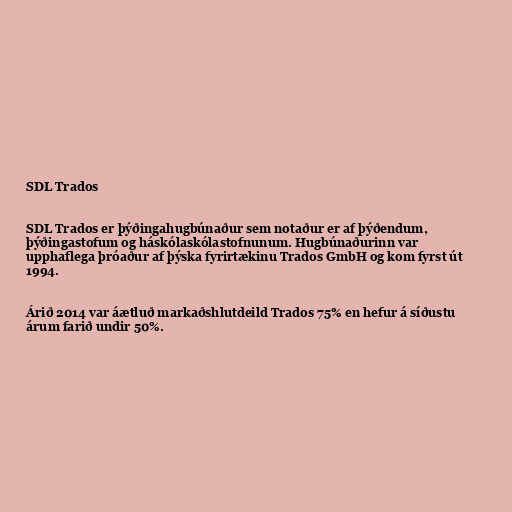
SDL Trados

SDL Trados er þýðingahugbúnaður sem notaður er af þýðendum,
þýðingastofum og háskólaskólastofnunum. Hugbúnaðurinn var
upphaflega þróaður af þýska fyrirtækinu Trados GmbH og kom fyrst út
1994.

Árið 2014 var áætluð markaðshlutdeild Trados 75% en hefur á síðustu
árum farið undir 50%.